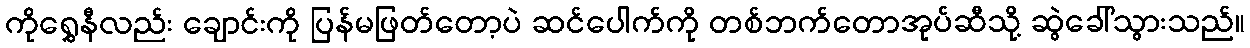
ကိုရွှေနီလည်း ချောင်းကို ပြန်မဖြတ်တော့ပဲ ဆင်ပေါက်ကို တစ်ဘက်တောအုပ်ဆီသို့ ဆွဲခေါ်သွားသည်။